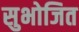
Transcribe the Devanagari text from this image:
सुभोजित